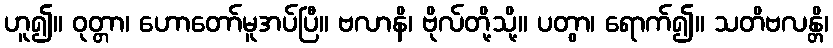
ဟူ၍။ ဝုတ္တာ၊ ဟောတော်မူအပ်ပြီ။ ဗလာနိ၊ ဗိုလ်တို့သို့။ ပတွာ၊ ရောက်၍။ သတိဗလန္တိ၊